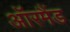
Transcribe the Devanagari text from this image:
ऑरमैंड